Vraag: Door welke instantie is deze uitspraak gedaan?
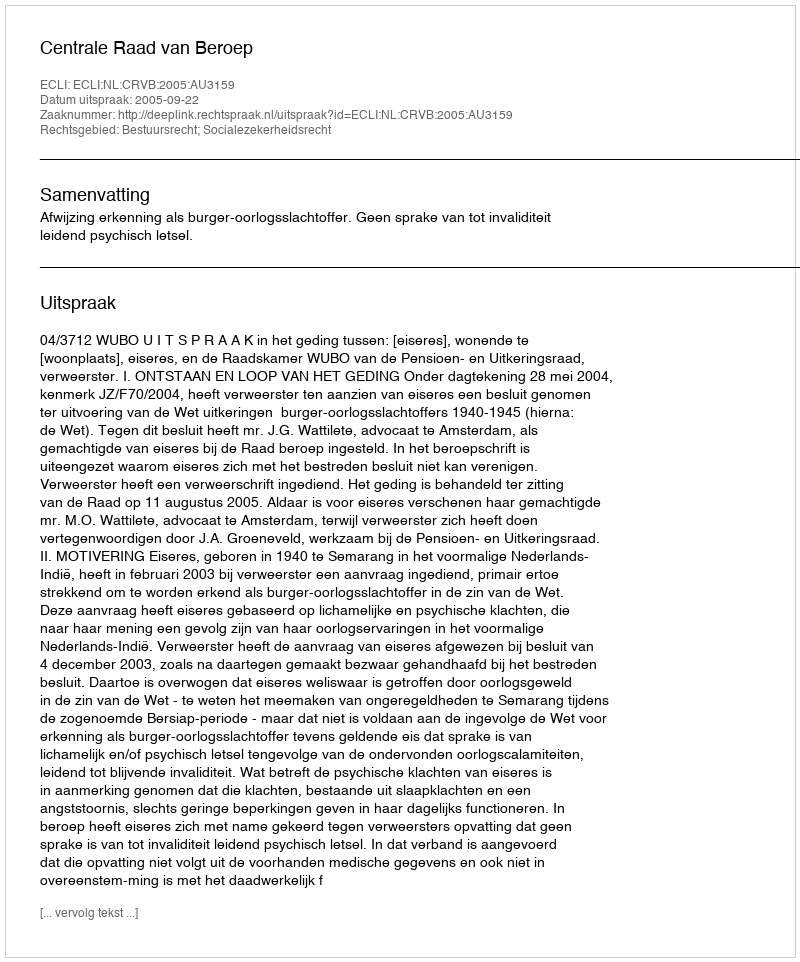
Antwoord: Centrale Raad van Beroep